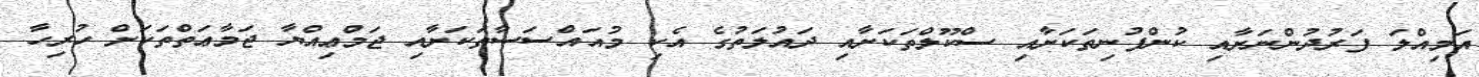
އަމިއްލަ ފަރުދުންނަށާއި ކުންފުނިތަކަށާއި ސްކޫލްތަކަށާއި ދައުލަތުގެ އެކި މުއައްސަސާތަކަށާއި ޖަމްޢިއްޔާ ޖަމާޢަތްތަކަށް ހުރިހާ